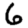
Digit: 6